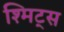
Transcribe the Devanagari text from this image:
श्मिट्स